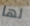
لها